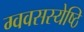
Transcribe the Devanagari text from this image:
ग्ववसस्येष्ठि